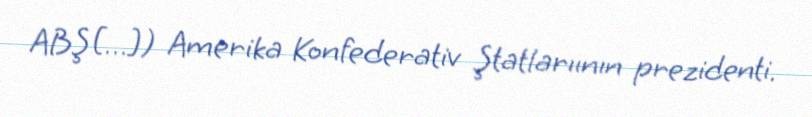
ABŞ[…]) Amerika Konfederativ Ştatlarıının prezidenti.